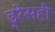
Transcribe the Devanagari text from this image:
ड्रेसही